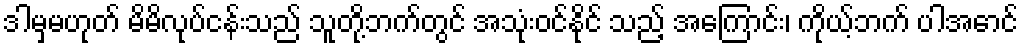
ဒါမှမဟုတ် မိမိလုပ်ငန်းသည် သူတို့ဘက်တွင် အသုံးဝင်နိုင် သည့် အကြောင်း၊ ကိုယ့်ဘက် ပါအောင်